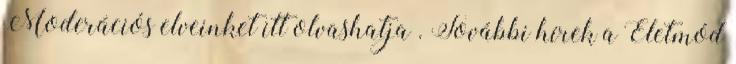
Moderációs elveinket itt olvashatja . További hírek a Életmód